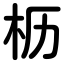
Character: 枥